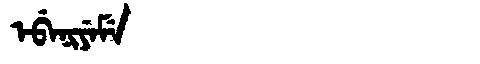
Manchu: ᡝᠪᡝᠨᡳᠶᡝᠮᡝ
Romanization: EBENIYEME